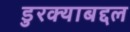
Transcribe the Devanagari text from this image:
डुरक्याबद्दल